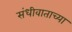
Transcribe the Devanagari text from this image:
संधीवाताच्या